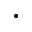
\bullet